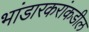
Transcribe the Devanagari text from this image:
भांडारकरांकडील